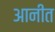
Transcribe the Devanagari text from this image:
आनीत